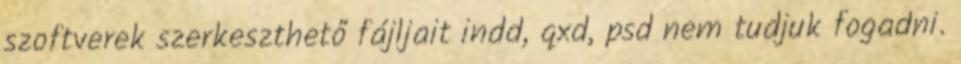
szoftverek szerkeszthető fájljait indd, qxd, psd nem tudjuk fogadni.